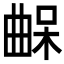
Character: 𣍀